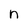
Character: n